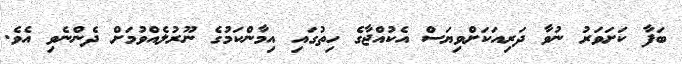
ބަފާ ކަށަވަރު ނުވާ ދަރިއަކަށްވިޔަސް އެކުއްޖާގެ ހިތުގައި އިމާންކަމުގެ ނޫރުލެއްވުމަށް ދެންނެވި އެވެ.